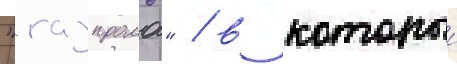
"газпрома" / в которыи